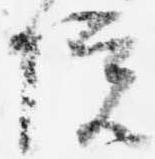
院